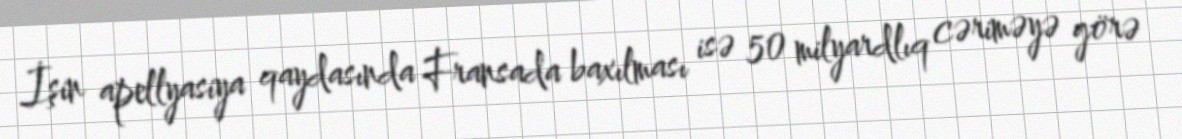
İşin apellyasiya qaydasında Fransada baxılması isə 50 milyardlıq cəriməyə görə